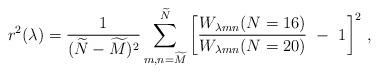
LaTeX: \begin{align*}r^2(\lambda) = { 1 \over (\widetilde{N} - \widetilde{M})^2 } \sum_{m,n = \widetilde{M}} ^{\widetilde{N}} \left [ { W_{\lambda m n}(N=16) \over W_{\lambda m n}(N=20)} \,\,-\,\,1 \right ]^2 \, ,\end{align*}